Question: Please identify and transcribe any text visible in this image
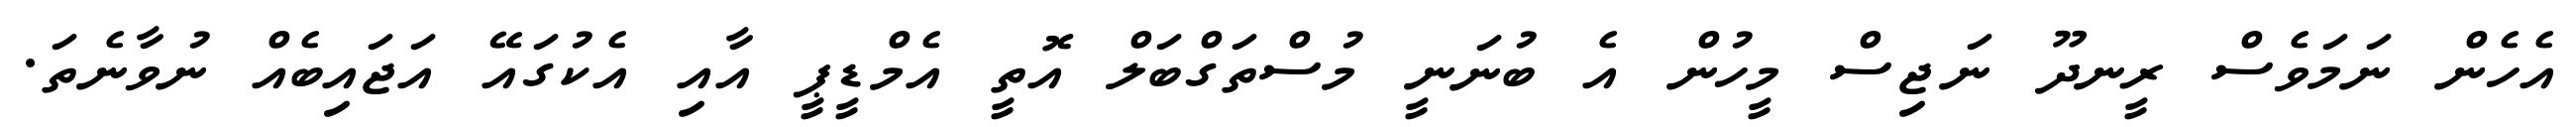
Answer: އެހެން ނަމަވެސް ރީނދޫ ނަޖިސް މީހުން އެ ބުނަނީ މުސްތަގްބަލް އޮތީ އެމްޑީޕީ އާއި އެކުގައޭ އަޖައިބެއް ނުވާނެތަ.